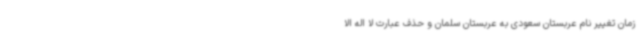
زمان تغییر نام عربستان سعودی به عربستان سلمان و حذف عبارت لا اله الا